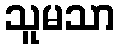
သူမသာ